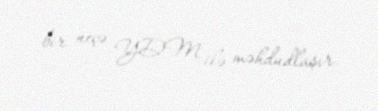
bir neçə YDM ilə məhdudlaşır.